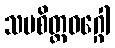
သမစိတ္တဝဂ္ဂေါ